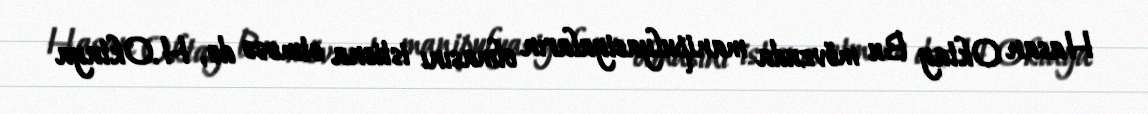
Hasan Oktay Bu mövzuda manipulyasiyaların olmasını istisna etməsə də, H.Oktaya